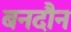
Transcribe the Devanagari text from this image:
बनदौन